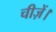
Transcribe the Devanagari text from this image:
चीज़ें।